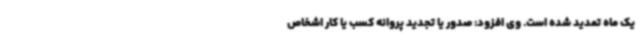
یک ماه تمدید شده است. وی افزود: صدور یا تجدید پروانه کسب یا کار اشخاص